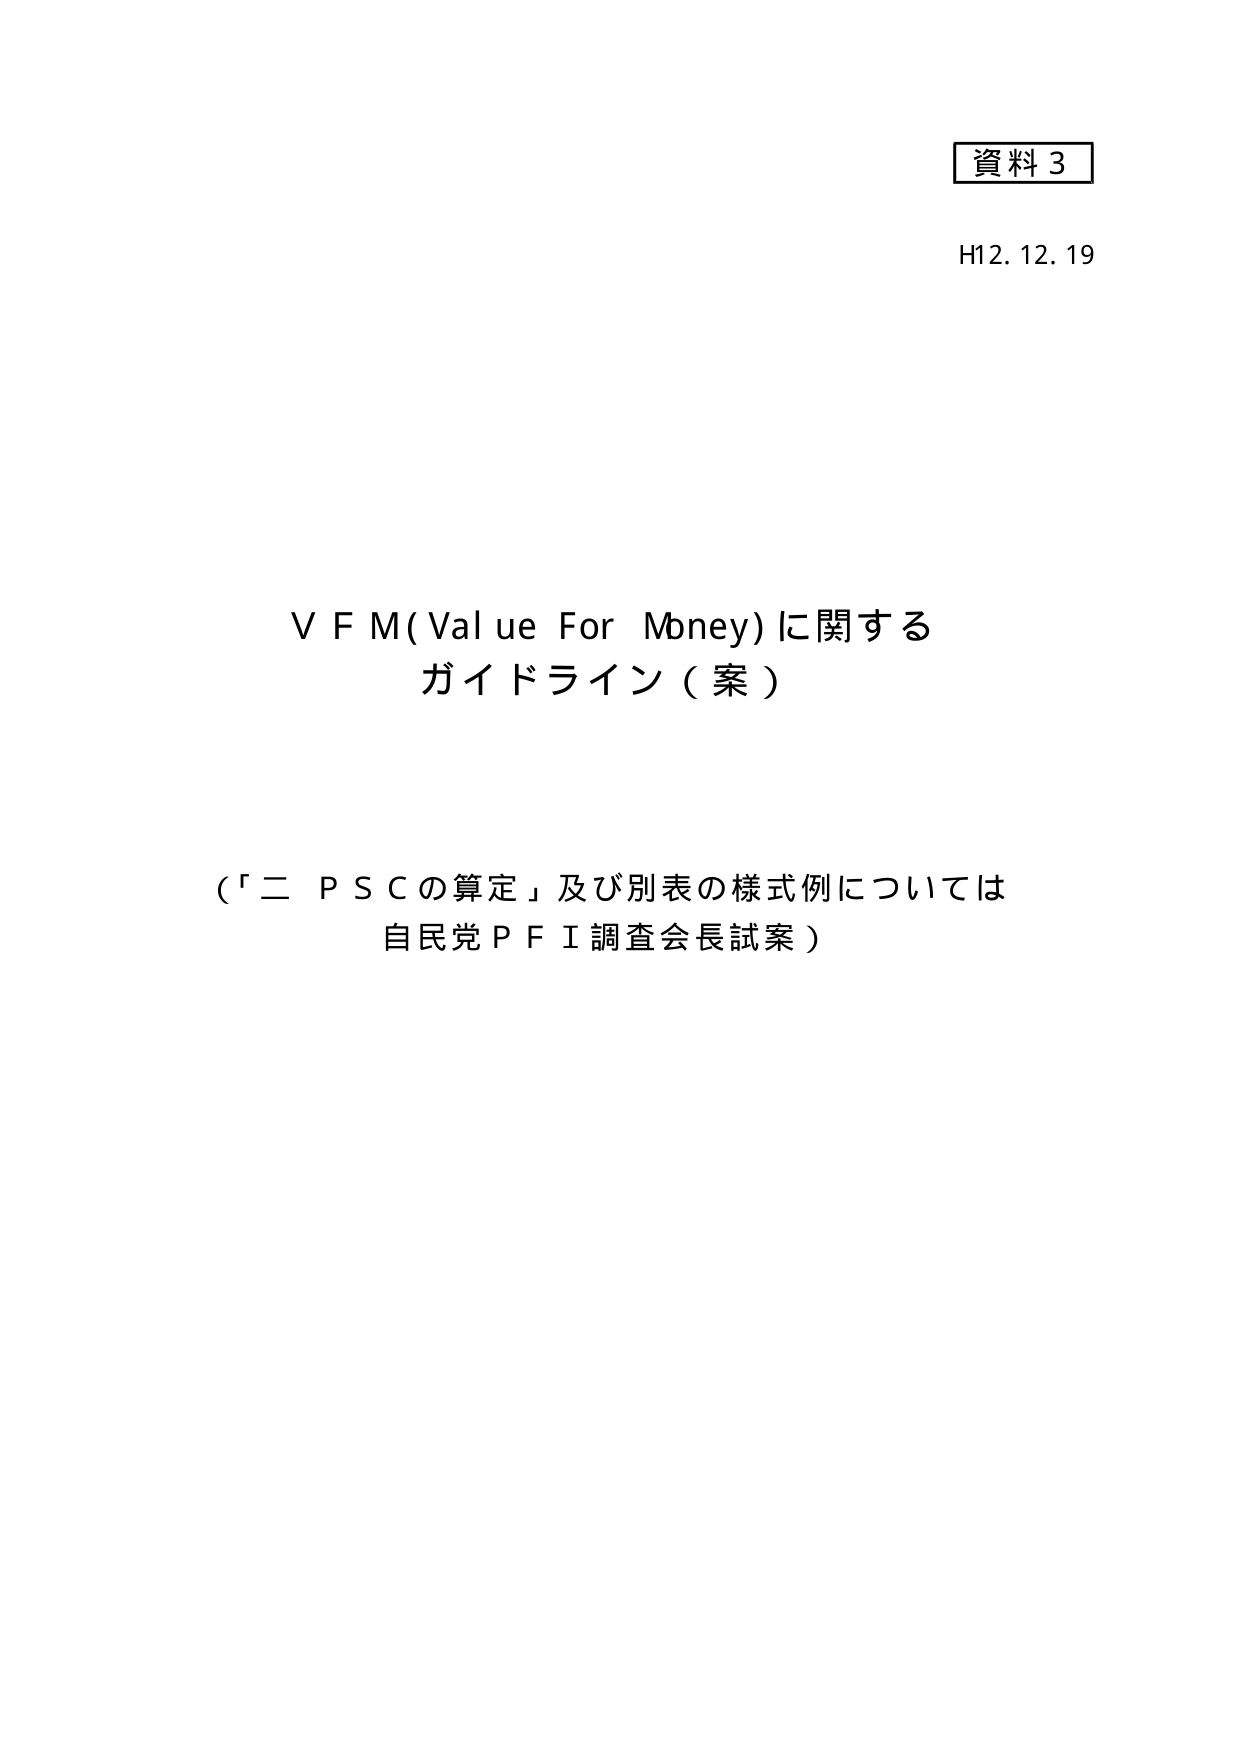
資料 3
H12. 12. 19

V F M (Value For Mbney) に関する
ガイドライン（案）

（「二 P S C の算定」及び別表の様式例については
自民党 P F I 調査会長試案）